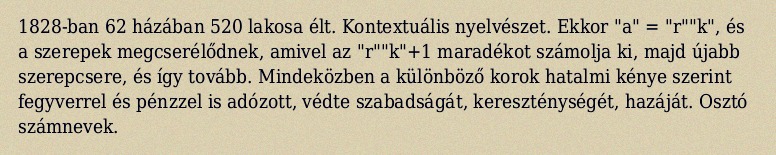
1828-ban 62 házában 520 lakosa élt. Kontextuális nyelvészet. Ekkor "a" = "r""k", és a szerepek megcserélődnek, amivel az "r""k"+1 maradékot számolja ki, majd újabb szerepcsere, és így tovább. Mindeközben a különböző korok hatalmi kénye szerint fegyverrel és pénzzel is adózott, védte szabadságát, kereszténységét, hazáját. Osztó számnevek.